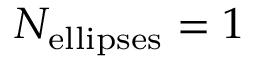
N _ { \mathrm { e l l i p s e s } } = 1